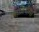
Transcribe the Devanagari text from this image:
मानियेगा